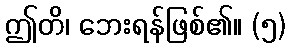
ဤတိ၊ ဘေးရန်ဖြစ်၏။ (၅)